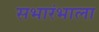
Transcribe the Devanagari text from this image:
सभारंभाला